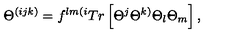
\Theta ^ { ( i j k ) } = f ^ { l m ( i } T r \left[ \Theta ^ { j } \Theta ^ { k ) } \Theta _ { l } \Theta _ { m } \right] ,